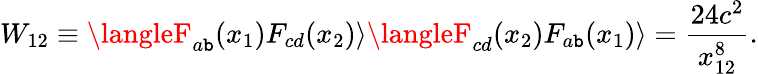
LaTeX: W_{12}\equiv\langleF_{a\mathtt{b}}(x_{1})F_{cd}(x_{2})\rangle\langleF_{cd}(x_{2})F_{a\mathtt{b}}(x_{1})\rangle=\frac{{24c^{2}}}{{x_{12}^{8}}}.